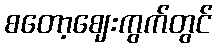
စတော့ဈေးကွက်တွင်